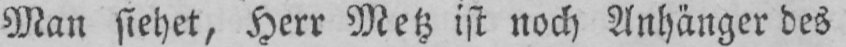
Man siehet, Herr Metz ist noch Anhänger des